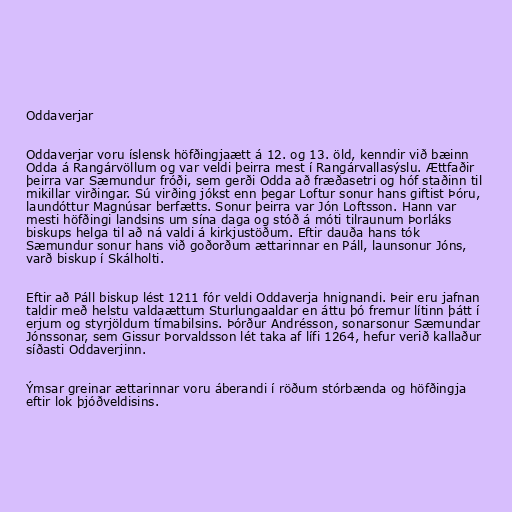
Oddaverjar

Oddaverjar voru íslensk höfðingjaætt á 12. og 13. öld, kenndir við bæinn
Odda á Rangárvöllum og var veldi þeirra mest í Rangárvallasýslu. Ættfaðir
þeirra var Sæmundur fróði, sem gerði Odda að fræðasetri og hóf staðinn til
mikillar virðingar. Sú virðing jókst enn þegar Loftur sonur hans giftist Þóru,
laundóttur Magnúsar berfætts. Sonur þeirra var Jón Loftsson. Hann var
mesti höfðingi landsins um sína daga og stóð á móti tilraunum Þorláks
biskups helga til að ná valdi á kirkjustöðum. Eftir dauða hans tók
Sæmundur sonur hans við goðorðum ættarinnar en Páll, launsonur Jóns,
varð biskup í Skálholti.

Eftir að Páll biskup lést 1211 fór veldi Oddaverja hnignandi. Þeir eru jafnan
taldir með helstu valdaættum Sturlungaaldar en áttu þó fremur lítinn þátt í
erjum og styrjöldum tímabilsins. Þórður Andrésson, sonarsonur Sæmundar
Jónssonar, sem Gissur Þorvaldsson lét taka af lífi 1264, hefur verið kallaður
síðasti Oddaverjinn.

Ýmsar greinar ættarinnar voru áberandi í röðum stórbænda og höfðingja
eftir lok þjóðveldisins.